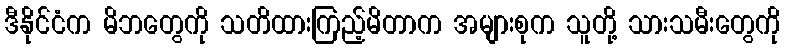
ဒီနိုင်ငံက မိဘတွေကို သတိထားကြည့်မိတာက အများစုက သူတို့ သားသမီးတွေကို